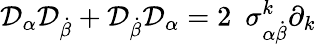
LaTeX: {\cal D}_{\alpha}{\cal D}_{\dot{\beta}}+{\cal D}_{\dot{\beta}}{\cal D}_{\alpha}=2\ \ {\sigma}_{\alpha\dot{\beta}}^{k}\partial_{k}